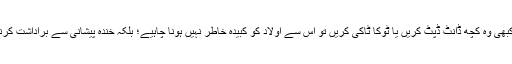
اور اگر کبھی وہ کچھ ڈانٹ ڈپٹ کریں یا ٹوکا ٹاکی کریں تو اس سے اولاد کو کبیدہ خاطر نہیں ہونا چاہیے؛ بلکہ خندہ پیشانی سے براداشت کرنا چاہیے۔